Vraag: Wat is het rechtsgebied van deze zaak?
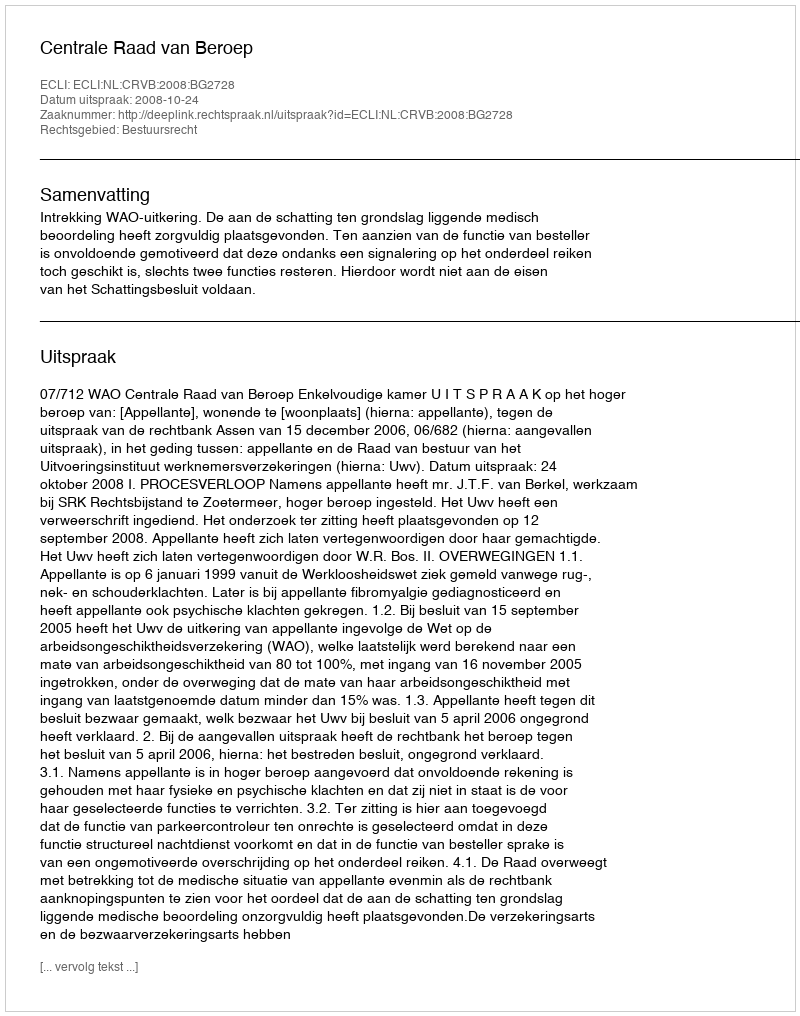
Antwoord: Bestuursrecht